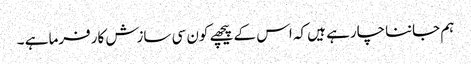
ہم جاننا چارہے ہیں کہ اس کے پیچھے کون سی سازش کارفرما ہے ۔